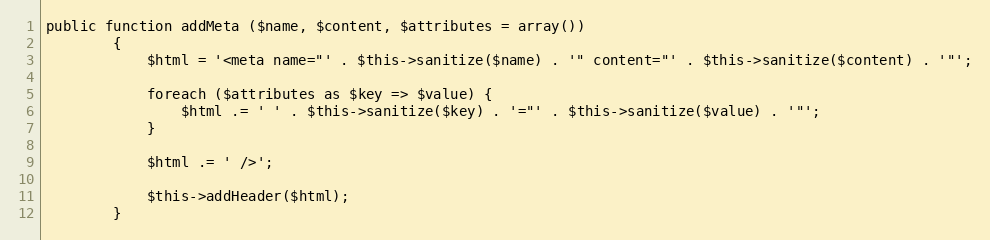
Language: PHP
public function addMeta ($name, $content, $attributes = array())
		{
			$html = '<meta name="' . $this->sanitize($name) . '" content="' . $this->sanitize($content) . '"';

			foreach ($attributes as $key => $value) {
				$html .= ' ' . $this->sanitize($key) . '="' . $this->sanitize($value) . '"';
			}

			$html .= ' />';

			$this->addHeader($html);
		}